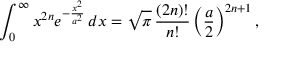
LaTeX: \int _ { 0 } ^ { \infty } x ^ { 2 n } e ^ { - { \frac { x ^ { 2 } } { a ^ { 2 } } } } \, d x = { \sqrt { \pi } } \, { \frac { ( 2 n ) ! } { n ! } } \left( { \frac { a } { 2 } } \right) ^ { 2 n + 1 } ,